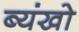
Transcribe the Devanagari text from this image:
ब्यंखो